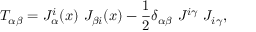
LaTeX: T _ { \alpha \beta } = J _ { \alpha } ^ { i } ( x ) ~ J _ { \beta i } ( x ) - \frac { 1 } { 2 } \delta _ { \alpha \beta } ~ J ^ { i \gamma } ~ J _ { i \gamma } ,